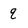
Character: q